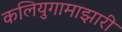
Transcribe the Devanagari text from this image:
कलियुगामाझारी